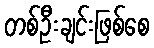
တစ်ဦးချင်းဖြစ်စေ